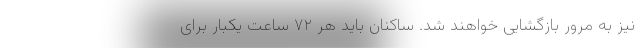
نیز به مرور بازگشایی خواهند شد. ساکنان باید هر ۷۲ ساعت یکبار برای